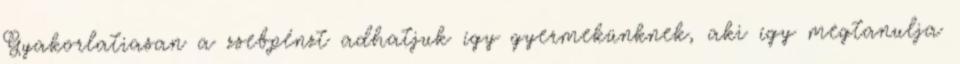
Gyakorlatiasan a zsebpénzt adhatjuk így gyermekünknek, aki így megtanulja